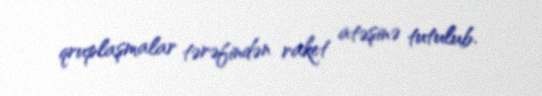
qruplaşmalar tərəfindən raket atəşinə tutulub.